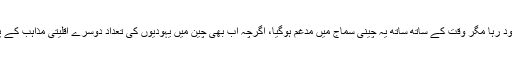
اگرچہ یہ گروپ انتہائی محدود رہا مگر وقت کے ساتھ ساتھ یہ چینی سماج میں مدغم ہوگیا، اگرچہ اب بھی چین میں یہودیوں کی تعداد دوسرے اقلیتی مذاہب کے پیروکاروں کی نسبت کم ہے۔